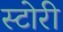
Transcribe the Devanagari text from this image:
स्‍टोरी